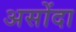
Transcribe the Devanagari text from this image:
असोंदा